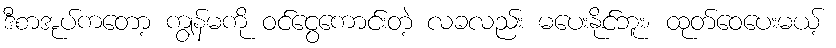
ဒီစာအုပ်ကတော့ ကျွန်မကို ဝင်ငွေကောင်းတဲ့ လခလည်း မပေးနိုင်ဘူး၊ ထုတ်ဝေပေးမယ့်